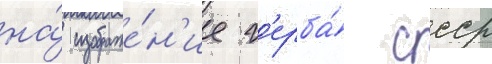
на́ изображе́н'ие г'ерба́ ссср